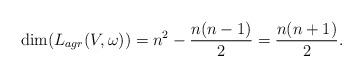
\begin{align*} \dim( L_{agr}(V,\omega))=n^2-\frac{n(n-1)}{2}=\frac{n(n+1)}{2}.\end{align*}